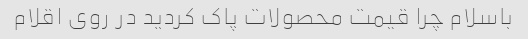
باسلام چرا قیمت محصولات پاک کردید در روی اقلام